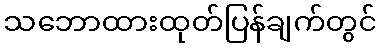
သဘောထားထုတ်ပြန်ချက်တွင်